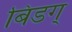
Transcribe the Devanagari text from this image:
बिडग्